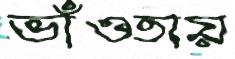
ভাঁওতায়